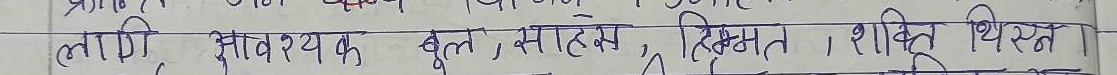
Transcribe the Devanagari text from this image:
त्तापि, आवश्यक, मूल, साहस, हिम्मत, शक्ति, स्थित।